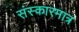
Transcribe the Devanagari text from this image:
संस्कारमात्र